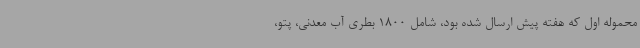
محموله اول که هفته پیش ارسال شده بود، شامل 1800 بطری آب معدنی، پتو،